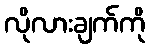
လိုလားချက်ကို